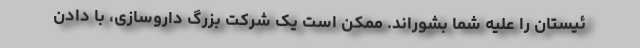
ئیستان را علیه شما بشوراند. ممکن است یک شرکت بزرگ داروسازی، با دادن